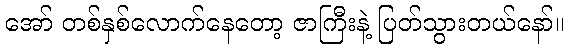
အော် တစ်နှစ်လောက်နေတော့ ဇာကြီးနဲ့ ပြတ်သွားတယ်နော်။